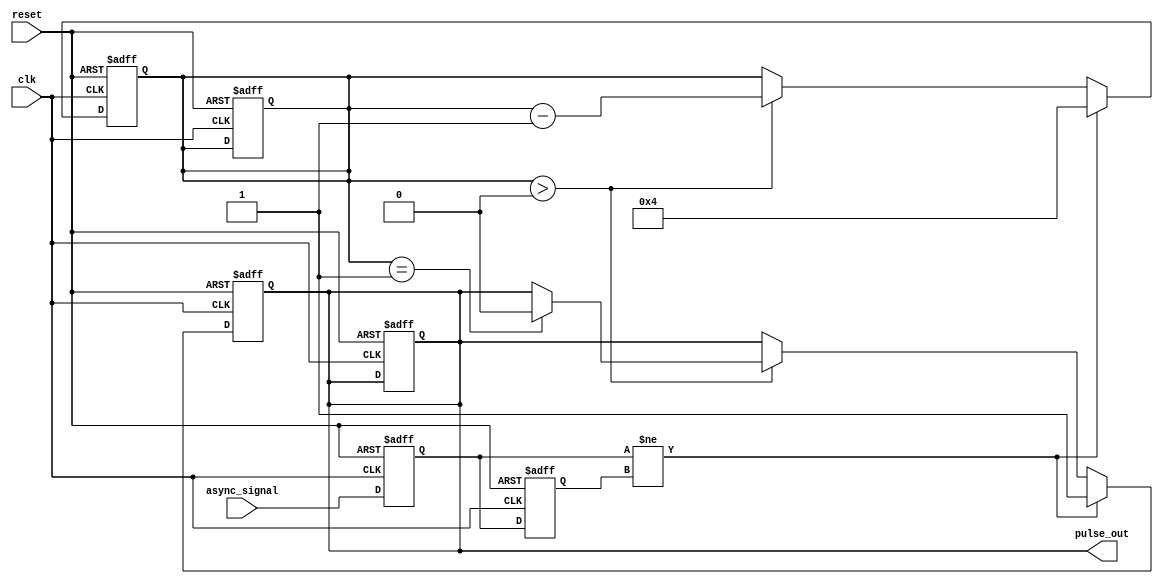
module metastability_detector (
    input wire clk,               // Local clock
    input wire async_signal,      // Asynchronous input signal
    input wire reset,             // Reset signal
    output reg pulse_out          // Output pulse signal
);

    // Internal signals for flip-flop outputs
    reg ff1_out, ff2_out;
    reg ff1_stable, ff2_stable;

    // Parameters for pulse width control
    parameter PULSE_WIDTH = 4;    // Adjust this parameter for pulse width
    reg [3:0] pulse_counter;       // Pulse width counter

    // Flip-flops to sample the asynchronous signal
    always @(posedge clk or posedge reset) begin
        if (reset) begin
            ff1_out <= 1'b0;
            ff2_out <= 1'b0;
            pulse_out <= 1'b0;
            pulse_counter <= 0;
        end else begin
            ff1_out <= async_signal; // First flip-flop samples async signal
            ff2_out <= ff1_out;      // Second flip-flop samples the output of the first
        end
    end

    // Pulse generation logic
    always @(posedge clk or posedge reset) begin
        if (reset) begin
            pulse_out <= 1'b0;
            pulse_counter <= 0;
        end else begin
            // Check for metastability condition
            if (ff1_out != ff2_out) begin
                pulse_out <= 1'b1; // Generate pulse
                pulse_counter <= PULSE_WIDTH; // Set pulse width counter
            end else if (pulse_counter > 0) begin
                pulse_counter <= pulse_counter - 1; // Decrement counter
                if (pulse_counter == 1) begin
                    pulse_out <= 1'b0; // End pulse after specified width
                end
            end
        end
    end

endmodule